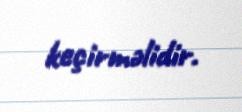
keçirməlidir.